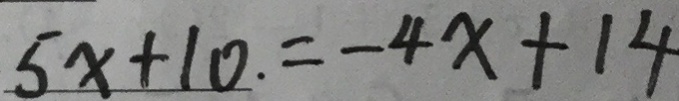
5 x + 1 0 . = - 4 x + 1 4